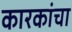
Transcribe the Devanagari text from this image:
कारकांचा